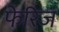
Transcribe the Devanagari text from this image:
फेरिज